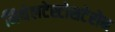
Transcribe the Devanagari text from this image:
मिथेलटेस्टोसटेरोन